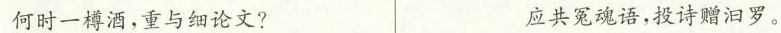
何时一樽酒，重与细论文? 应共冤魂语，投诗赠汩罗。